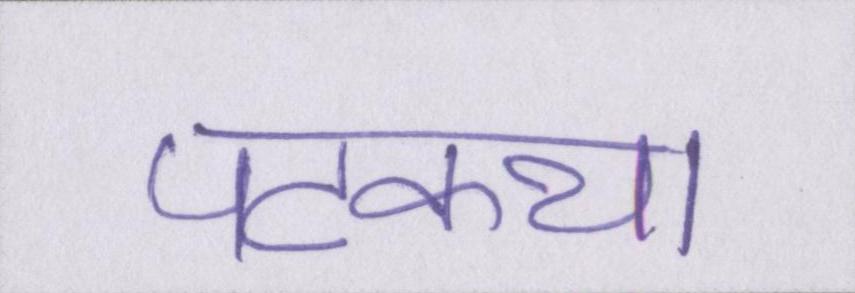
पटकथा